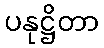
ပနုဋ္ဌိတာ